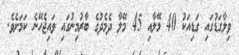
ވިލާގަޑުގައި ގަޑިއަކު 40 މޭލާއި 45 މޭލާ ދެމެދުގެ ބާރުމިނުގައި ވައިޖެހޭނެ ކަމަށެވެ.